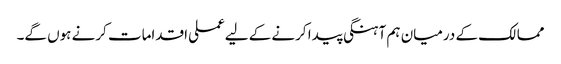
ممالک کے درمیان ہم آہنگی پیدا کرنے کے لیےعملی اقدامات کرنے ہوں گے۔